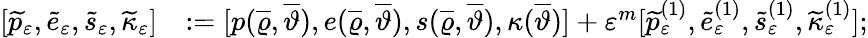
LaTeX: \begin{array}{rl}{[\widetilde{p}_{\varepsilon},\widetilde{e}_{\varepsilon},\widetilde{s}_{\varepsilon},\widetilde{\kappa}_{\varepsilon}]}&{:=[p(\overline{{\varrho}},\overline{{\vartheta}}),e(\overline{{\varrho}},\overline{{\vartheta}}),s(\overline{{\varrho}},\overline{{\vartheta}}),\kappa(\overline{{\vartheta}})]+\varepsilon^{m}[\widetilde{p}_{\varepsilon}^{(1)},\widetilde{e}_{\varepsilon}^{(1)},\widetilde{s}_{\varepsilon}^{(1)},\widetilde{\kappa}_{\varepsilon}^{(1)}];}\end{array}